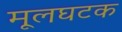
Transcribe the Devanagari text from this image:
मूलघटक